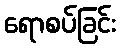
ရောစပ်ခြင်း